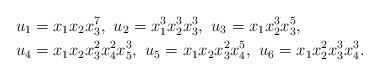
LaTeX: \begin{align*} &u_{1} = x_1x_2x_3^{7},\ u_{2} = x_1^{3}x_2^{3}x_3^{3},\ u_{3} = x_1x_2^{3}x_3^{5},\\ &u_{4} = x_1x_2x_3^{2}x_4^{2}x_5^{3},\ u_{5} = x_1x_2x_3^{2}x_4^{5},\ u_{6} = x_1x_2^{2}x_3^{3}x_4^{3}.\end{align*}